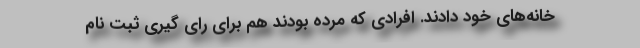
خانه‌های خود دادند. افرادی که مرده بودند هم برای رای گیری ثبت نام